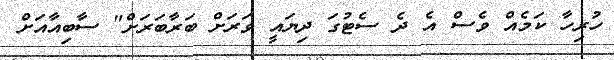
ހުރިހާ ކަމެއް ވެސް އެ ދެ ސެޓުގަ ދިޔައީ ވަރަށް ބަރާބަރަށް" ސާބިއާއަށް